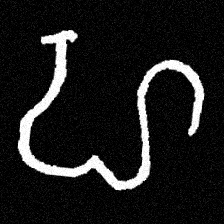
Pyu character \u2014 Myanmar letter: ဟ (romanized: ha)